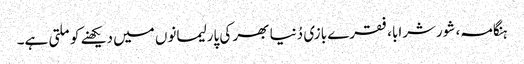
ہنگامہ، شورشرابا، فقرے بازی دُنیا بھر کی پارلیمانوں میں دیکھنے کو ملتی ہے۔